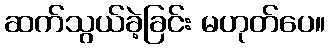
ဆက်သွယ်ခဲ့ခြင်း မဟုတ်ပေ။